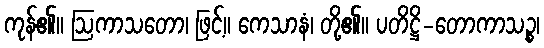
ကုန်၏။ ဩကာသတော၊ ဖြင့်။ ကေသာနံ၊ တို့၏။ ပတိဋ္ဌိ-တောကာသဉ္စ၊